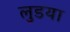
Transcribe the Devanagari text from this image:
लुडया